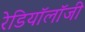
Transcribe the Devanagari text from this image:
रेडियॉलॉजी